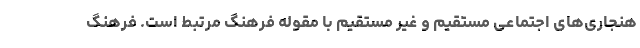
هنجاری‌های اجتماعی مستقیم و غیر مستقیم با مقوله فرهنگ مرتبط است. فرهنگ